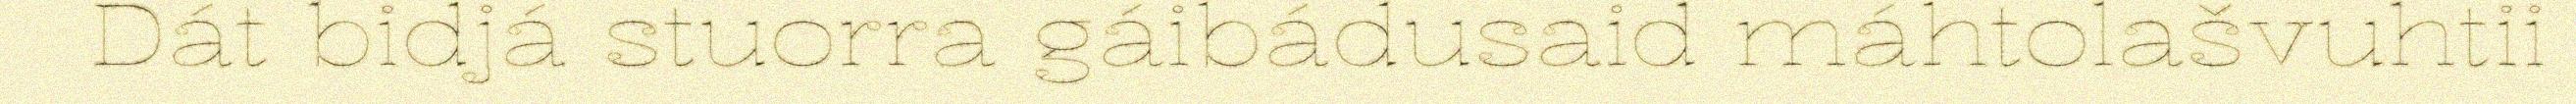
Dát bidjá stuorra gáibádusaid máhtolašvuhtii